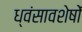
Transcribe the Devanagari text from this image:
ध्‍वंसावशेषों